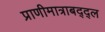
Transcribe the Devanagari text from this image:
प्राणीमात्राबद्द्ल